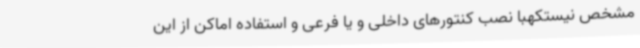
مشخص نیستکهبا نصب کنتورهای داخلی و یا فرعی و استفاده اماکن از این